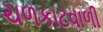
ચળકાટવાળી